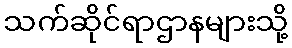
သက်ဆိုင်ရာဌာနများသို့